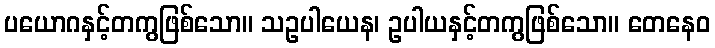
ပယောဂနှင့်တကွဖြစ်သော။ သဥပါယေန၊ ဥပါယနှင့်တကွဖြစ်သော။ တေနေဝ